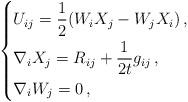
LaTeX: \begin{align*}\left \{\begin{alignedat}{1}&U_{ij}=\frac{1}{2}(W_i X_j - W_j X_i) \, ,\\&\nabla_i X_j=R_{ij}+\frac{1}{2t}g_{ij} \, ,\\&\nabla_{i} W_{j}=0 \, ,\end{alignedat}\right .\end{align*}